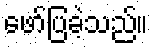
ဖော်ပြခဲ့သည်။